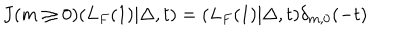
J ( m \ge 0 ) ( L _ { F } ( 1 ) | \Delta , t ) = ( L _ { F } ( 1 ) | \Delta , t ) \delta _ { m , 0 } ( - t )